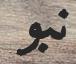
نبو